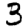
Digit: 3